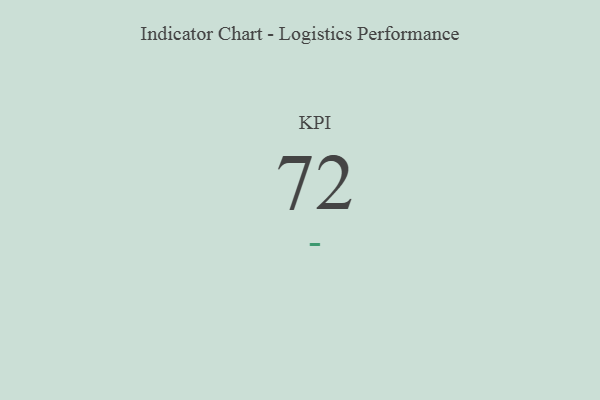
{"axis": {"x": "KPI", "y": "Value"}, "legend": [""], "data": [{"x": "KPI", "y": 72, "type": ""}]}